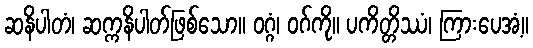
ဆနိပါတံ၊ ဆက္ကနိပါတ်ဖြစ်သော။ ဝဂ္ဂံ၊ ဝဂ်ကို။ ပကိတ္တိဿံ၊ ကြားပေအံ့။